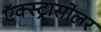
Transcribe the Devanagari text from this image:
ऍक्स्ट्रासोलर